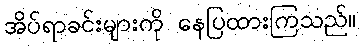
အိပ်ရာခင်းများကို နေပြထားကြသည်။